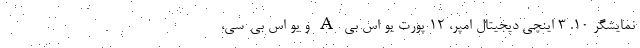
نمایشگر 10. 3 اینچی دیجیتال امپر، 12 پورت یو اس بی A و یو اس بی-سی،